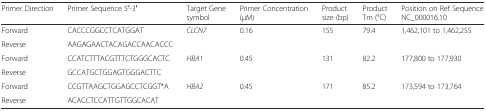
<table><thead><tr><td><b>Primer Direction</b></td><td><b>Primer Sequence 5′-3′</b></td><td><b>Target Gene symbol</b></td><td><b>Primer Concentration (μM)</b></td><td><b>Product size (bp)</b></td><td><b>Product Tm (°C)</b></td><td><b>Position on Ref Sequence NC_000016.10</b></td></tr></thead><tbody><tr><td>Forward</td><td>CACCCGGCCTCATGGAT</td><td rowspan="2"><i>CLCN7</i></td><td rowspan="2">0.16</td><td rowspan="2">155</td><td rowspan="2">79.4</td><td rowspan="2">1,462,101 to 1,462,255</td></tr><tr><td>Reverse</td><td>AAGAGAACTACAGACCAACACCC</td></tr><tr><td>Forward</td><td>CCATCTTTACGTTTCTGGGCACTC</td><td rowspan="2"><i>HBA1</i></td><td rowspan="2">0.45</td><td rowspan="2">131</td><td rowspan="2">82.2</td><td rowspan="2">177,800 to 177,930</td></tr><tr><td>Reverse</td><td>GCCATGCTGGAGTGGGACTTC</td></tr><tr><td>Forward</td><td>CCGTTAAGCTGGAGCCTCGGT*A</td><td rowspan="2"><i>HBA2</i></td><td rowspan="2">0.45</td><td rowspan="2">171</td><td rowspan="2">85.2</td><td rowspan="2">173,594 to 173,764</td></tr><tr><td>Reverse</td><td>ACACCTCCATTGTTGGCACAT</td></tr></tbody></table>